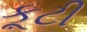
કૂટી